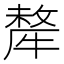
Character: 犛